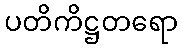
ပတိကိဋ္ဌတရော